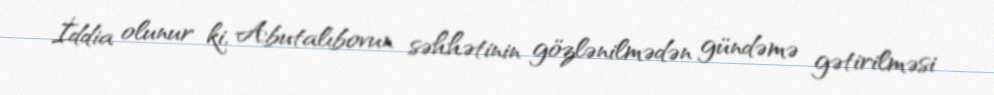
İddia olunur ki, Abutalıbovun səhhətinin gözlənilmədən gündəmə gətirilməsi